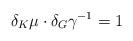
LaTeX: \begin{align*} \delta_K \mu \cdot \delta_G \gamma^{-1} = 1 \end{align*}